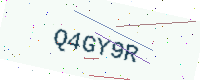
Text: Q4GY9R